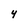
Character: 4